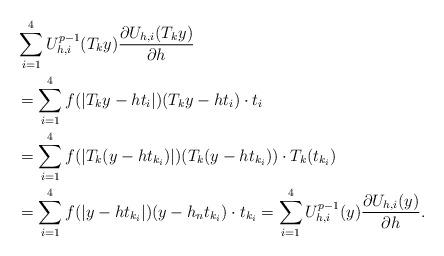
LaTeX: \begin{align*}&\sum_{i=1}^4 U_{h,i}^{p-1} (T_k y)\frac{\partial U_{h,i}(T_k y)}{\partial h}\\ &=\sum_{i=1}^4 f(|T_k y-ht_i|)(T_ky-ht_i)\cdot t_i\\&=\sum_{i=1}^4 f(|T_k( y-ht_{k_i})|)(T_k(y-ht_{k_i}))\cdot T_k(t_{k_i})\\&=\sum_{i=1}^4 f(|y-ht_{k_i}|)(y-h_nt_{k_i})\cdot t_{k_i}=\sum_{i=1}^4 U_{h,i}^{p-1} (y)\frac{\partial U_{h,i}(y)}{\partial h}.\end{align*}